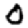
Digit: 0